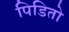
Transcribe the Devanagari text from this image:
पिडितो